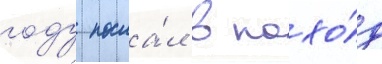
году посла́л в похо́д